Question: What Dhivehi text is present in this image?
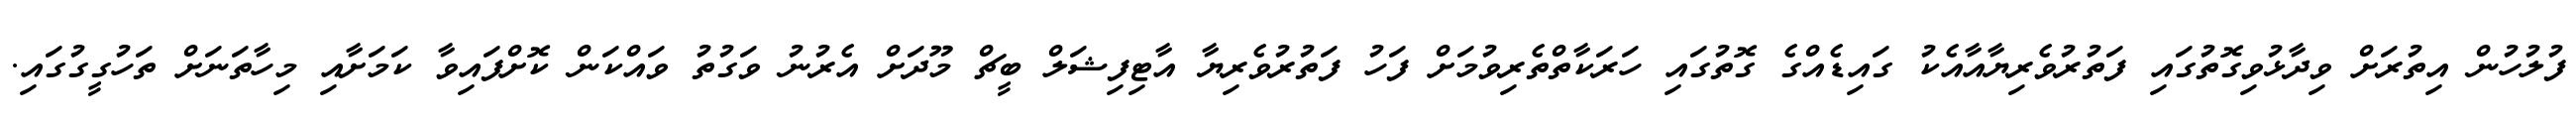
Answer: ފުލުހުން އިތުރަށް ވިދާޅުވިގޮތުގައި ފަތުރުވެރިޔާއާއެކު ގައިޑެއްގެ ގޮތުގައި ހަރަކާތްތެރިވުމަށް ފަހު ފަތުރުވެރިޔާ އާޓިފިޝަލް ބީޗް މޫދަށް އެރުނު ވަގުތު ވައްކަން ކޮށްފައިވާ ކަމަށާއި މިހާތަނަށް ތަހުގީގުގައި.